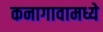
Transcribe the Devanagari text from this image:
कनागावामध्ये